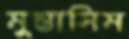
মুন্তাসিম